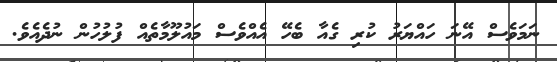
ނަމަވެސް އޭނަ ހައްޔަރު ކުރި ގެއާ ބެހޭ އެއްވެސް މައުލޫމާތެއް ފުލުހުން ނުދެއެވެ.